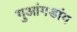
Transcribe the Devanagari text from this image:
गुआंगडांग